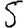
Digit: 5